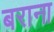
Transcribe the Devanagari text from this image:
बराना